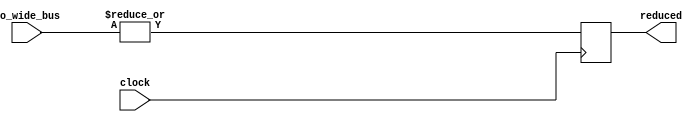
module SmallPinCount(input clock,
    input [5:0] io_wide_bus,
    output reduced);
  reg reduce_it;
  assign reduced = reduce_it;
  always @(posedge clock) begin
    reduce_it = |io_wide_bus;
  end
endmodule